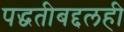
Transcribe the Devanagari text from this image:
पद्धतीबद्दलही